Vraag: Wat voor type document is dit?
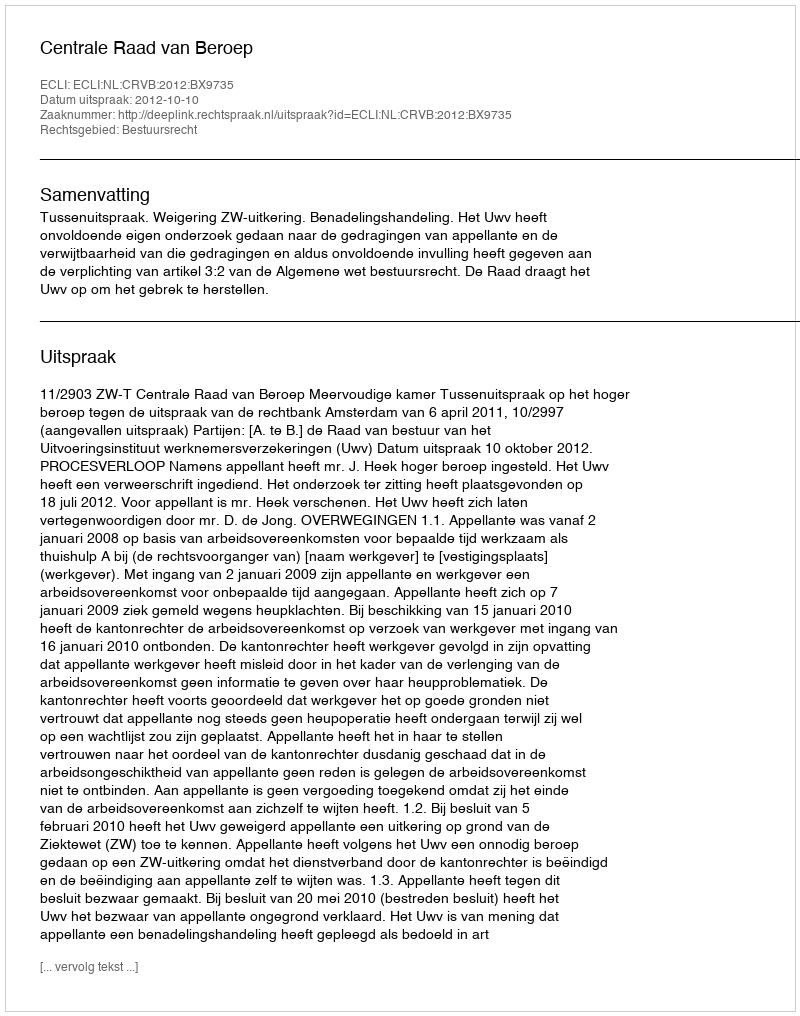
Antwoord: Uitspraak